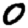
Digit: 0